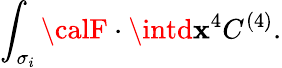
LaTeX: \int_{\sigma_{i}}{\calF}\cdot\intd\mathbf{x}^{4}C^{(4)}.